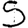
Digit: 5